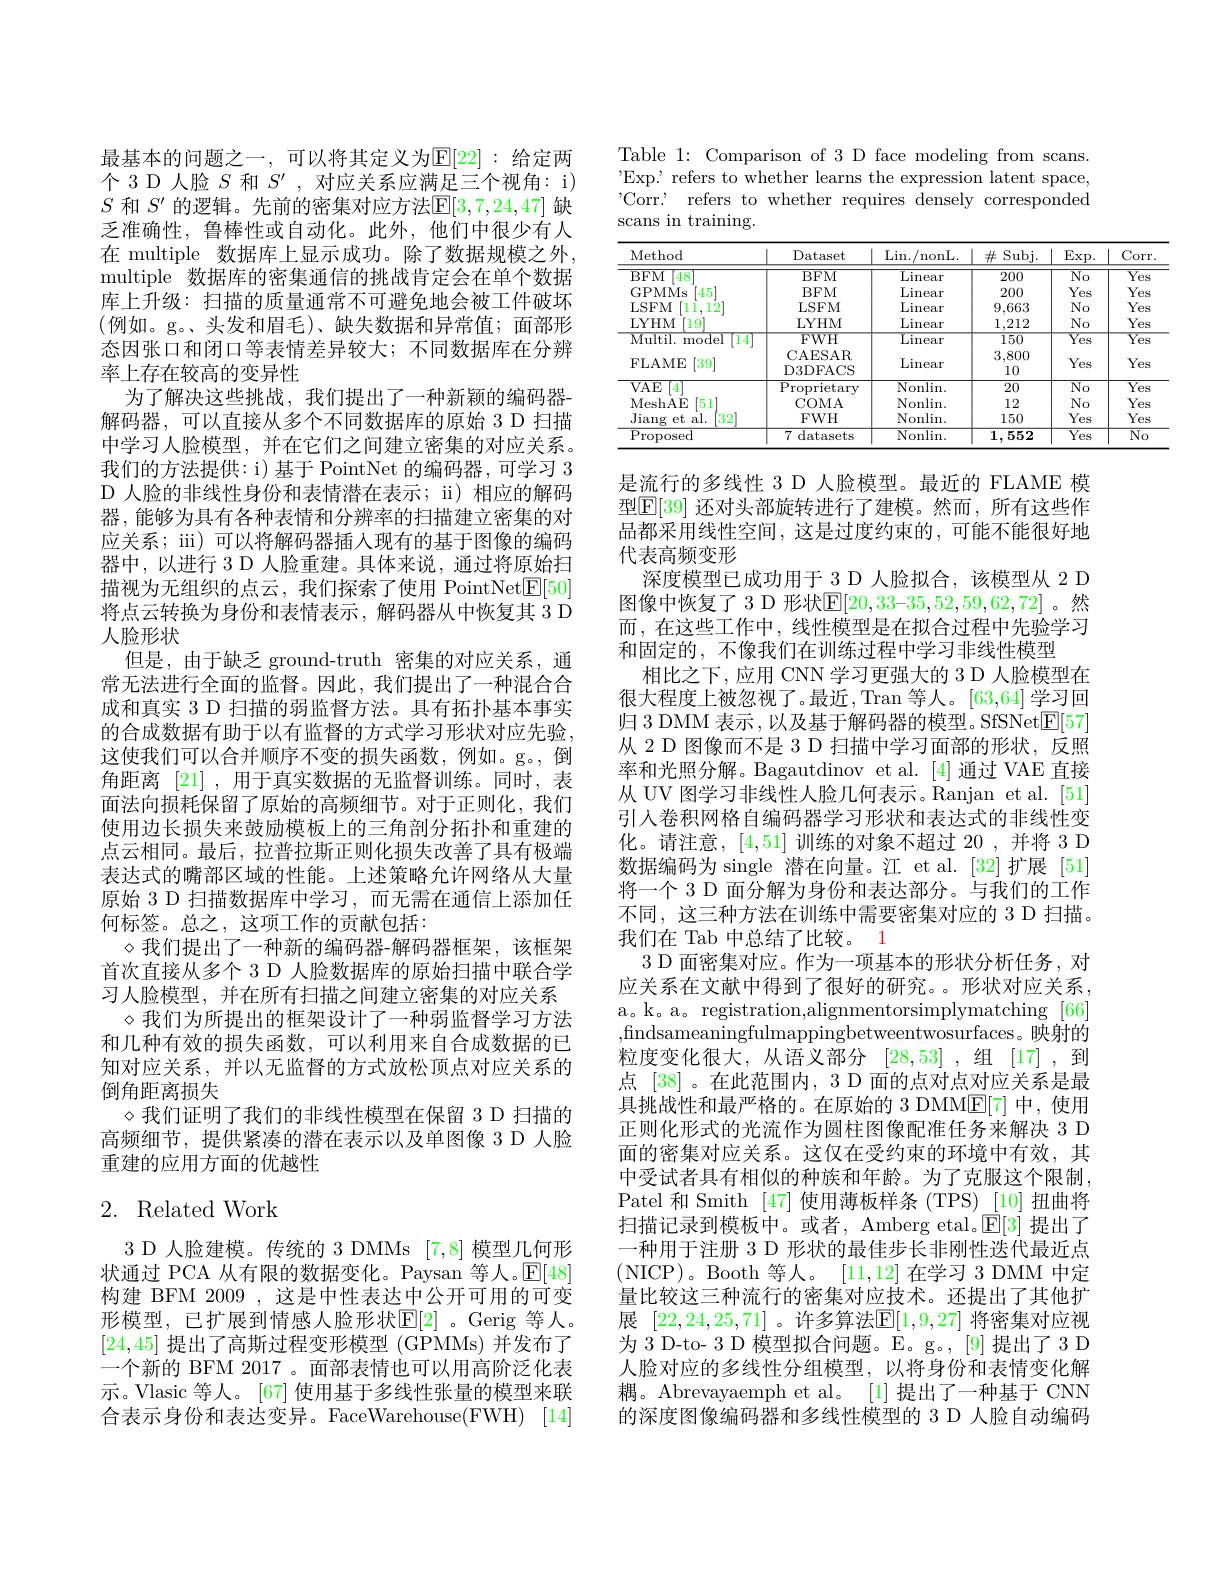
最基本的问题之一，可以将其定义为$\mathbb{E}[22]:$ 给定两个 3 D 人脸$S$和$S^\prime$,对应关系应满足三个视角：i) $S$和$S^\prime$的逻辑。先前的密集对应方法$\mathbb{E}[3,7,24,47]$缺乏准确性，鲁棒性或自动化。此外，他们中很少有人在 multiple 数据库上显示成功。除了数据规模之外， multiple 数据库的密集通信的挑战肯定会在单个数据库上升级：扫描的质量通常不可避免地会被工件破坏(例如。g。、头发和眉毛)、缺失数据和异常值；面部形态因张口和闭口等表情差异较大；不同数据库在分辨率上存在较高的变异性
为了解决这些挑战，我们提出了一种新颖的编码器解码器，可以直接从多个不同数据库的原始 3 D 扫描中学习人脸模型，并在它们之间建立密集的对应关系。我们的方法提供：i) 基于 PointNet 的编码器，可学习 3 D 人脸的非线性身份和表情潜在表示；ii) 相应的解码器，能够为具有各种表情和分辨率的扫描建立密集的对应关系；iii) 可以将解码器插入现有的基于图像的编码器中，以进行 3 D 人脸重建。具体来说，通过将原始扫描视为无组织的点云，我们探索了使用 PointNet$\boxed{\mathrm{F}}[50]$ 将点云转换为身份和表情表示，解码器从中恢复其 3 D 人脸形状
但是，由于缺乏 ground-truth 密集的对应关系，通常无法进行全面的监督。因此，我们提出了一种混合合成和真实 3 D 扫描的弱监督方法。具有拓扑基本事实的合成数据有助于以有监督的方式学习形状对应先验， 这使我们可以合并顺序不变的损失函数，例如。g。倒角距离[21] ,用于真实数据的无监督训练。同时，表面法向损耗保留了原始的高频细节。对于正则化，我们使用边长损失来鼓励模板上的三角剖分拓扑和重建的点云相同。最后，拉普拉斯正则化损失改善了具有极端表达式的嘴部区域的性能。上述策略允许网络从大量原始 3 D 扫描数据库中学习，而无需在通信上添加任何标签。总之，这项工作的贡献包括：
$\diamond$我们提出了一种新的编码器-解码器框架，该框架首次直接从多个 3 D 人脸数据库的原始扫描中联合学习人脸模型，并在所有扫描之间建立密集的对应关系
$\diamond$我们为所提出的框架设计了一种弱监督学习方法和几种有效的损失函数，可以利用来自合成数据的已知对应关系，并以无监督的方式放松顶点对应关系的倒角距离损失
$\diamond$我们证明了我们的非线性模型在保留 3 D 扫描的高频细节，提供紧凑的潜在表示以及单图像 3 D 人脸重建的应用方面的优越性

# 2. Related Work

3 D 人脸建模。传统的 3 DMMs [7,8]模型几何形状通过 PCA 从有限的数据变化。Paysan 等人。$\mathbb{E}[48]$ 构建 BFM 2009 ,这是中性表达中公开可用的可变形模型，已扩展到情感人脸形状$\mathbb{E}[2]$。Gerig 等人。[24,45]提出了高斯过程变形模型(GPMMs)并发布了一个新的 BFM 2017 。面部表情也可以用高阶泛化表示。Vlasic 等人。[67] 使用基于多线性张量的模型来联合表示身份和表达变异。FaceWarehouse(FWH) [14]

Table 1: Comparison of 3 D face modeling from scans 'Exp.' refers to whether learns the expression latent space, 'Corr. refers to whether requires densely corresponded scans in training.

<table>
	<tbody>
		<tr>
			<th>Method</th>
			<th>Dataset</th>
			<th>$\operatorname{Lin./nonL}.$</th>
			<th>$\#$ Subj.</th>
			<th>$\underline{\mathrm{Exp.}}$</th>
			<th>Corr</th>
		</tr>
		<tr>
			<td>BFM 48</td>
			<td>BFM</td>
			<td>$\operatorname{Linear}$</td>
			<td>200</td>
			<td>$\overline{\mathrm{No}}$</td>
			<td>$\overline{\mathrm{Yes}}$</td>
		</tr>
		<tr>
			<td>GPMMs 45</td>
			<td>BFM</td>
			<td>$\operatorname{Linear}$</td>
			<td>200</td>
			<td>Yes</td>
			<td>Yes</td>
		</tr>
		<tr>
			<td>LSFM 11,12</td>
			<td>LSFM</td>
			<td>$\operatorname{Linear}$</td>
			<td>9,663</td>
			<td>$No$</td>
			<td>Yes</td>
		</tr>
		<tr>
			<td>LYHM $19^{\prime}$</td>
			<td>LYHM</td>
			<td>$\operatorname{Linear}$</td>
			<td>1,212</td>
			<td>$No$</td>
			<td>Yes</td>
		</tr>
		<tr>
			<td>Multil. model 14</td>
			<td>$FWH$</td>
			<td>$\operatorname{Linear}$</td>
			<td>150</td>
			<td>Yes</td>
			<td>$\overline{\mathrm{Yes}}$</td>
		</tr>
		<tr>
			<td>FLAME [39]</td>
			<td>CAESAR D3DFACS</td>
			<td>$\operatorname{Linear}$</td>
			<td>3,800 10</td>
			<td>Yes</td>
			<td>Yes</td>
		</tr>
		<tr>
			<td>Proposed</td>
			<td>7 datasets</td>
			<td>Nonlin.</td>
			<td>1,552</td>
			<td>$\overline{\mathrm{Yes}}$</td>
			<td>$\overline{N_{0}}$</td>
		</tr>
	</tbody>
</table>

是流行的多线性 3 D 人脸模型。最近的 FLAME 模型$\mathbb{E}[39]$ 还对头部旋转进行了建模。然而，所有这些作品都采用线性空间，这是过度约束的，可能不能很好地代表高频变形
深度模型已成功用于 3 D 人脸拟合，该模型从 2 D 图像中恢复了 3 D 形状$\overline{\mathbb{E}}[20,33-35,52,59,62,72]$ 。然而，在这些工作中，线性模型是在拟合过程中先验学习和固定的，不像我们在训练过程中学习非线性模型
相比之下，应用 CNN 学习更强大的 3 D 人脸模型在很大程度上被忽视了。最近，Tran 等人。[63,64] 学习回归 3 DMM 表示 ,以及基于解码器的模型。SfSNet$\underline{\mathrm{E}}[57]$ 从 2 D 图像而不是 3 D 扫描中学习面部的形状，反照率和光照分解。Bagautdinov et al.[4]通过 VAE 直接从 UV 图学习非线性人脸几何表示。Ranjan et al. [51] 引入卷积网格自编码器学习形状和表达式的非线性变化。请注意，[4,51]训练的对象不超过 20 ,并将 3 D 数据编码为 single 潜在向量。江 et al.[32]扩展 [51] 将一个 3 D 面分解为身份和表达部分。与我们的工作不同，这三种方法在训练中需要密集对应的 3 D 扫描。我们在 Tab 中总结了比较。1
3 D 面密集对应。作为一项基本的形状分析任务，对应关系在文献中得到了很好的研究。。形状对应关系， a。k。a。registration,alignmentorsimplymatching [66] ,findsameaningfulmappingbetweentwosurfaces。映射的粒度变化很大，从语义部分[28,53] ,组 [17],到点 [38]。在此范围内，3 D 面的点对点对应关系是最具挑战性和最严格的。在原始的 3 DMM$\mathbb{E}[7]$中，使用正则化形式的光流作为圆柱图像配准任务来解决 3 D 面的密集对应关系。这仅在受约束的环境中有效，其中受试者具有相似的种族和年龄。为了克服这个限制， Patel 和 Smith [47] 使用薄板样条 (TPS) [10] 扭曲将扫描记录到模板中。或者，Amberg etal。$\mathbb{E}[3]$提出了一种用于注册 3 D 形状的最佳步长非刚性迭代最近点(NICP)。Booth 等人。[11,12]在学习 3 DMM 中定量比较这三种流行的密集对应技术。还提出了其他扩展 [22,24,25,71] 。许多算法$\mathbb{E}[1,9,27]$ 将密集对应视为 3 D-to- 3 D 模型拟合问题。E。g。, [9] 提出了 3 D 人脸对应的多线性分组模型，以将身份和表情变化解耦。Abrevayaemph et al。[1]提出了一种基于 CNN 的深度图像编码器和多线性模型的 3 D 人脸自动编码